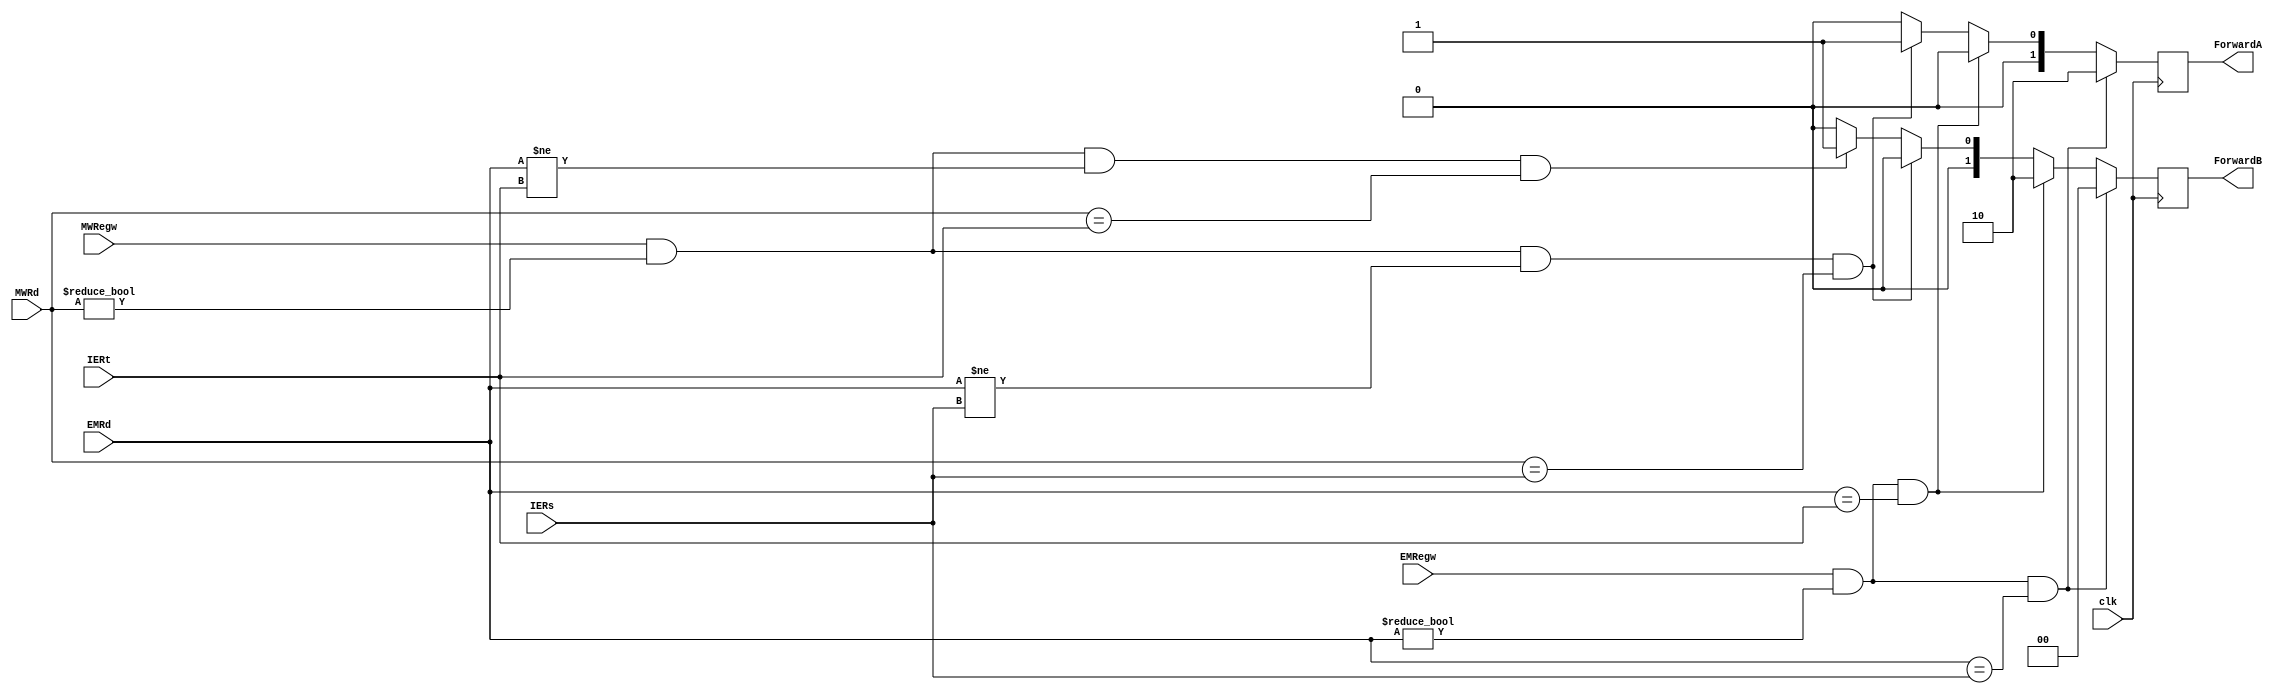
module forwarding_unit(clk, EMRd, EMRegw, IERs, IERt, MWRegw, MWRd, 
                        ForwardA, ForwardB);
    input clk;
    input [4:0] EMRd;
    input EMRegw;
    input [4:0] IERs;
    input [4:0] IERt;
    input MWRegw;
    input [4:0] MWRd;

    output reg [1:0] ForwardA;
    output reg [1:0] ForwardB;
    initial
    begin
        ForwardA=0;
        ForwardB=0;
    end
    always @(posedge clk)begin
        begin
            ForwardA=0;
            ForwardB=0;
            if(EMRegw
            &&(EMRd!=0)
            &&(EMRd==IERs))ForwardA=2;
            else if(EMRegw
            &&(EMRd!=0)
            &&(EMRd==IERt))ForwardB=2;
            else if(MWRegw
            &&(MWRd!=0)
            &&(EMRd!=IERs)
            &&(MWRd==IERs))ForwardA=1;
            else if(MWRegw
            &&(MWRd!=0)
            &&(EMRd!=IERt)
            &&(MWRd==IERt))ForwardB=1;
        end
    end
endmodule